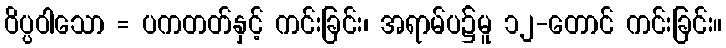
ဝိပ္ပဝါသော = ပကတတ်နှင့် ကင်းခြင်း၊ အရာမ်ပ၌မူ ၁၂-တောင် ကင်းခြင်း။